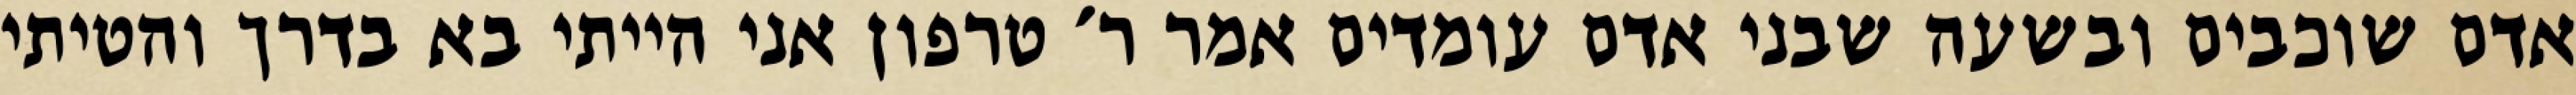
אדם שוכבים ובשעה שבני אדם עומדים אמר ר׳ טרפון אני הייתי בא בדרך והטיתי